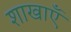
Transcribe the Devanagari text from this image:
शाखाऍं